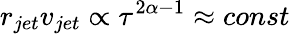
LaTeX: r_{jet}v_{jet}\propto\tau^{2\alpha-1}\approx const